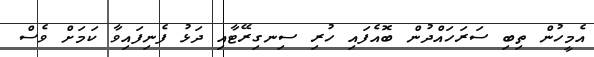
އެމީހުން ތިބި ސަރަހައްދުން ބޮއެފައި ހުރި ސިނގިރޭޓާއި ދަޅު ފެނިފައިވާ ކަމަށް ވެސް